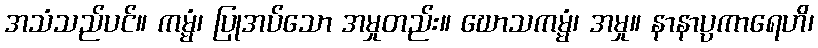
အသံသည်ပင်။ ကမ္မံ၊ ပြုအပ်သော အမှုတည်း။ ဃောသကမ္မံ၊ အမှု။ နာနာပ္ပကာရေဟိ၊